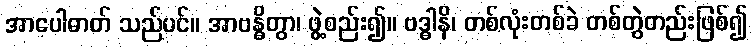
အာပေါဓာတ် သည်ပင်။ အာဗန္ဓိတွာ၊ ဖွဲ့စည်း၍။ ဗဒ္ဓါနိ၊ တစ်လုံးတစ်ခဲ တစ်တွဲတည်းဖြစ်၍